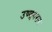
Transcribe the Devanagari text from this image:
उच्छवसन